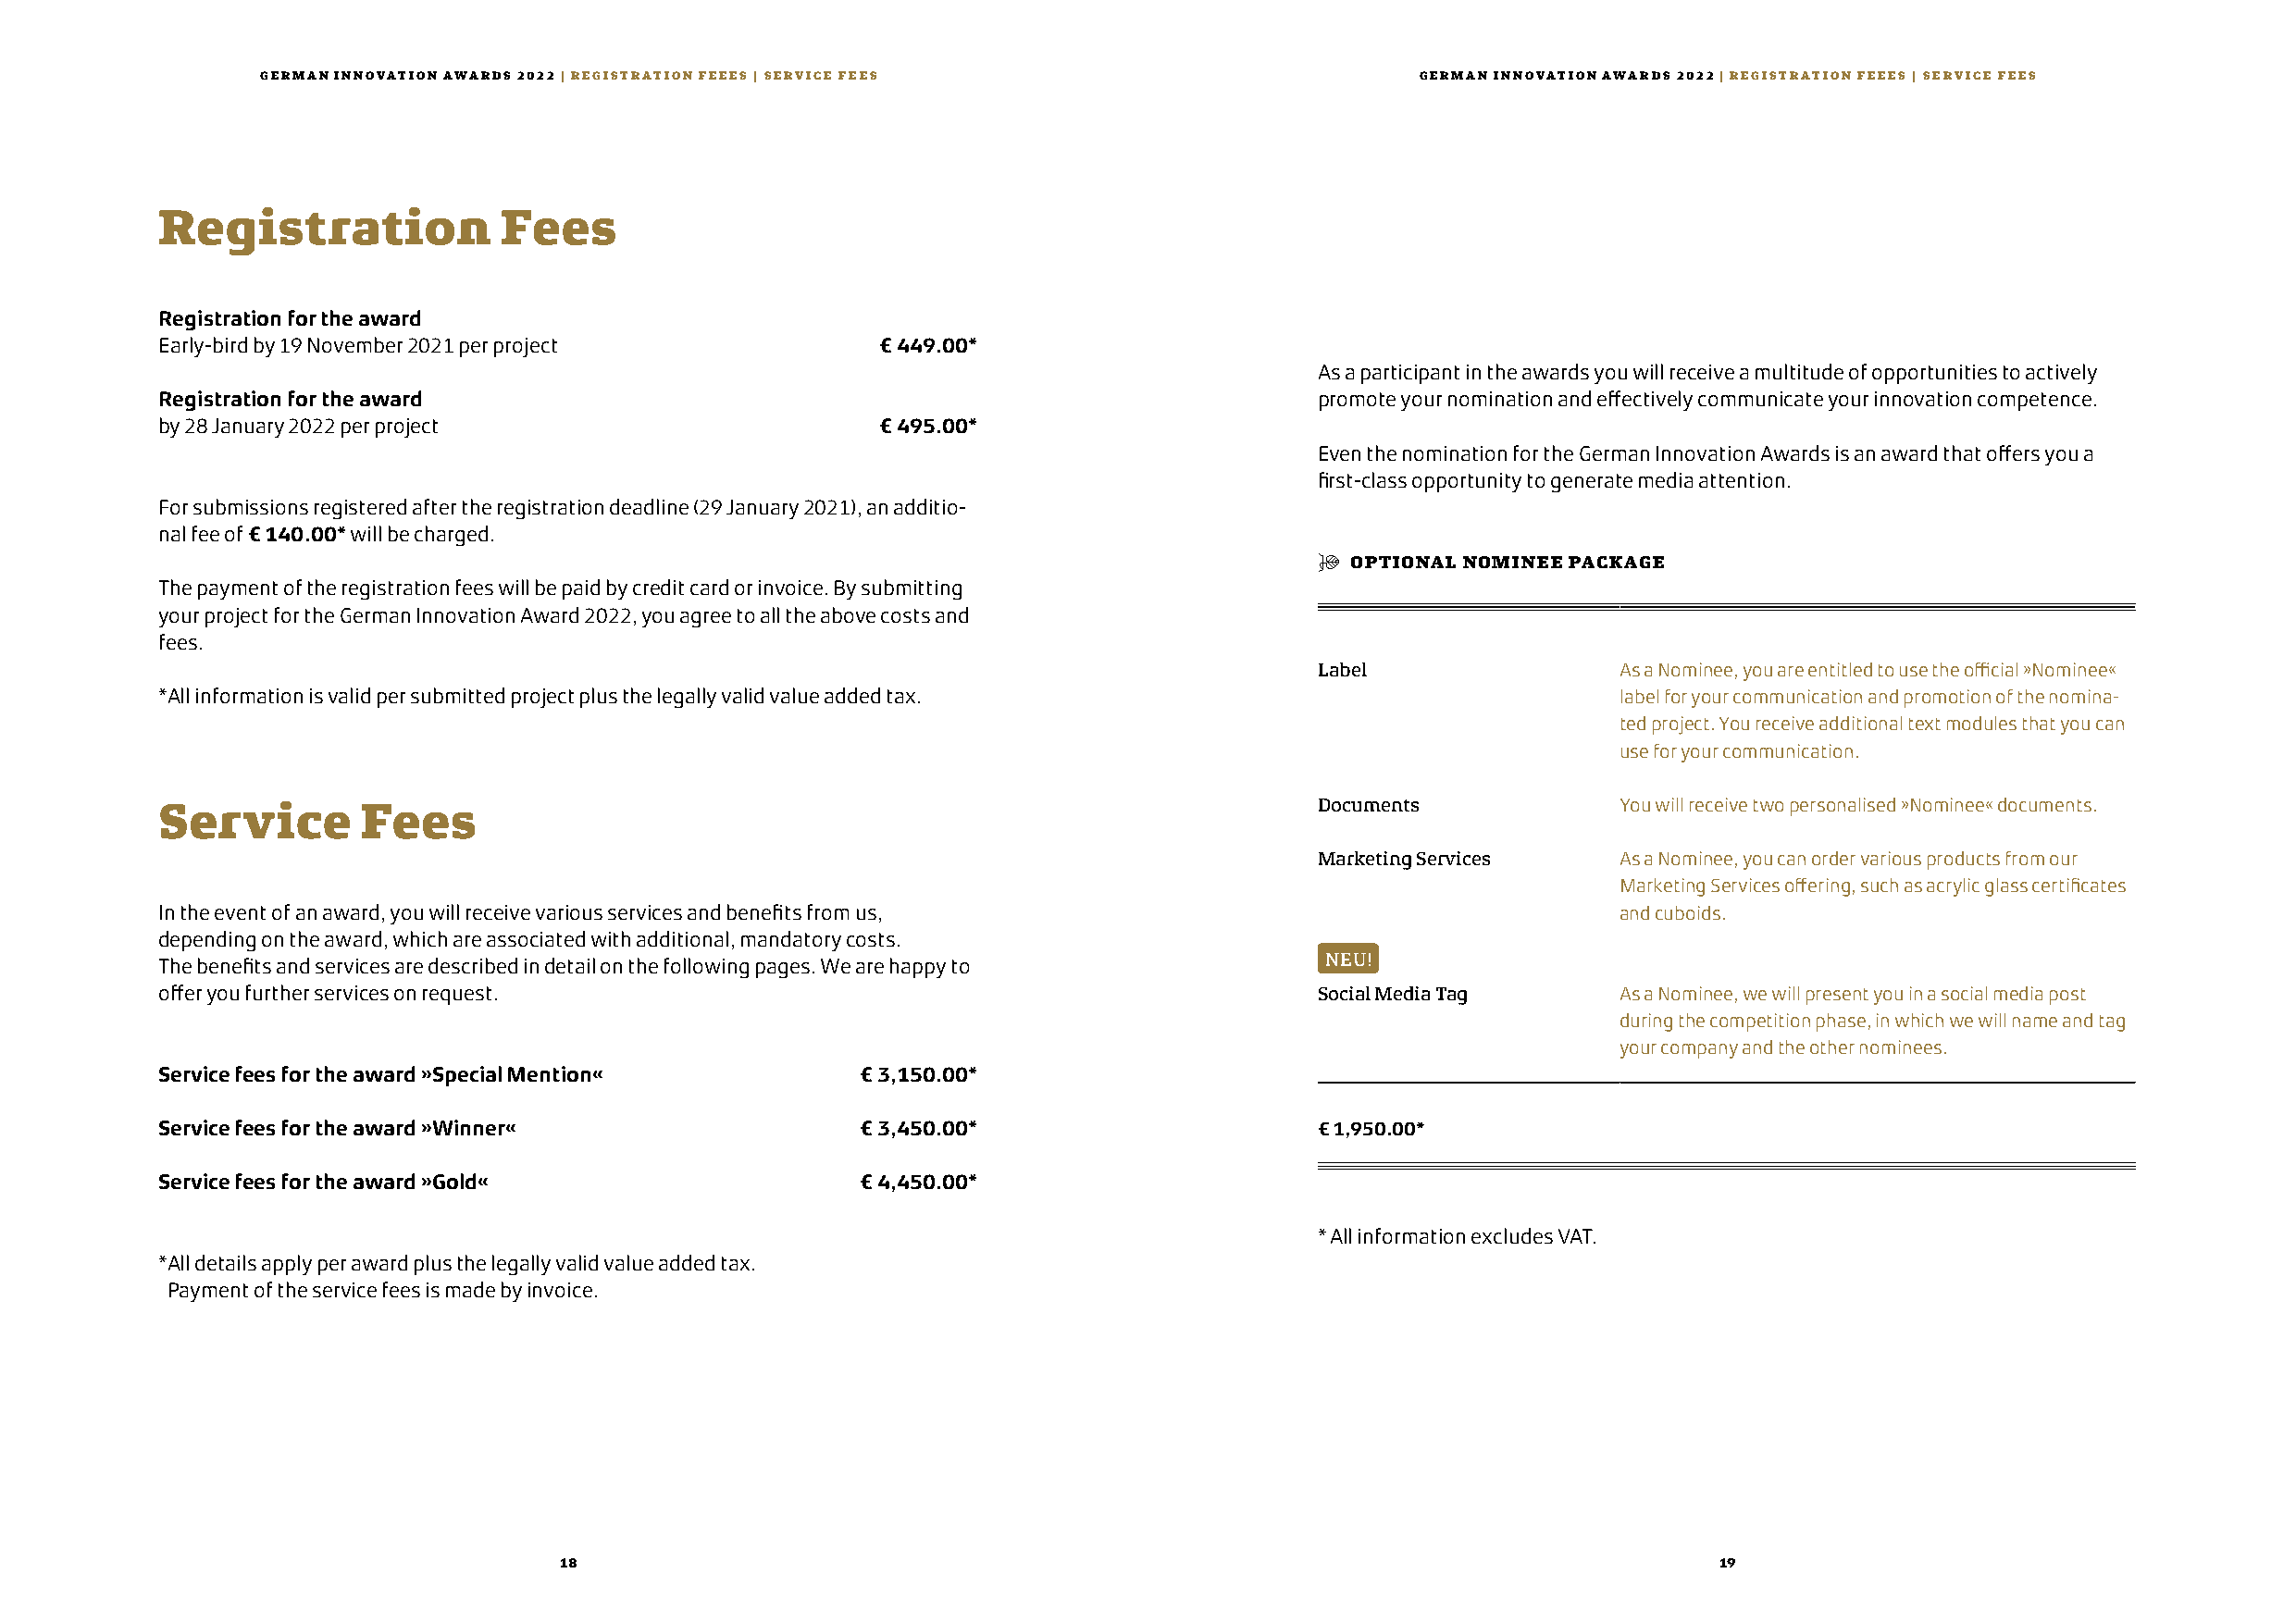
GERMAN INNOVATION AWARDS 2022 | REGISTRATION FEEES | SERVICE FEES                  GERMAN INNOVATION AWARDS 2022 | REGISTRATION FEEES | SERVICE FEES
 Registration             Fees
 Registration for the award
 Early-bird by 19 November 2021 per project          € 449.00*
 As a participant in the awards you will receive a multitude of opportunities to actively
 Registration for the award                                                         promote your nomination and effectively communicate your innovation competence.
 by 28 January 2022 per project                      € 495.00*
 Even the nomination for the German Innovation Awards is an award that offers you a
 first-class opportunity to generate media attention.
 For submissions registered after the registration deadline (29 January 2021), an additio-
 nal fee of € 140.00* will be charged.
 $  OPTIONAL NOMINEE PACKAGE
 The payment of the registration fees will be paid by credit card or invoice. By submitting
 your project for the German Innovation Award 2022, you agree to all the above costs and
 fees.
 Label                 As a Nominee, you are entitled to use the official »Nominee«
 * All information is valid per submitted project plus the legally valid value added tax.                 label for your communication and promotion of the nomina-
 ted project. You receive additional text modules that you can
 use for your communication.
 Service        Fees                                                                Documents             You will receive two personalised »Nominee« documents.
 Marketing Services    As a Nominee, you can order various products from our
 Marketing Services offering, such as acrylic glass certificates
 In the event of an award, you will receive various services and benefits from us,                        and cuboids.
 depending on the award, which are associated with additional, mandatory costs.
 NEU!
 The benefits and services are described in detail on the following pages. We are happy to
 offer you further services on request.                                             Social Media Tag      As a Nominee, we will present you in a social media post
 during the competition phase, in which we will name and tag
 your company and the other nominees.
 Service fees for the award »Special Mention«       € 3,150.00*
 Service fees for the award »Winner«                € 3,450.00*                     € 1,950.00*
 Service fees for the award »Gold«                  € 4,450.00*
 * All information excludes VAT.
 * All details apply per award plus the legally valid value added tax.
 Payment of the service fees is made by invoice.
 18                                                                                 19